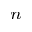
^ n